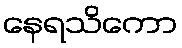
နေရသိကော